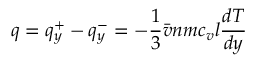
\quad q = q _ { y } ^ { + } - q _ { y } ^ { - } = - { \frac { 1 } { 3 } } { \bar { v } } n m c _ { v } l { \frac { d T } { d y } }